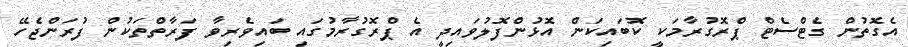
އެގޮތުން ގެޓްސެޓް ޕްރޮގުރާމަކީ ކޮބައިކަން އޮޅުންފޮލުވައިދީ އެ ޕްރޮގުރާމުގައި ބައިވެރިވާ ފަރާތްތަކުން ފުރަންޖެހޭ